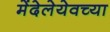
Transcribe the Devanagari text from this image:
मेंदेलेयेवच्या